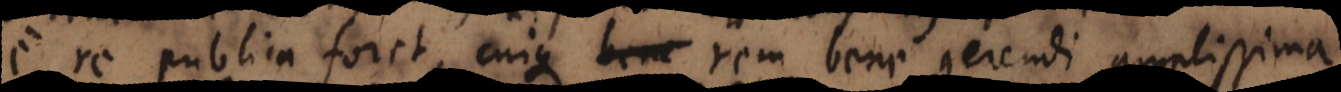
re publica foret, cuique rem bene gerendi amplissima